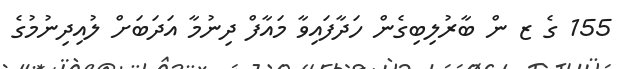
155 ގެ ޒ ން ބާރުލިބިގެން ހަދާފައިވާ މައާފް ދިނުމާ އަދަބަށް ލުއިދިނުމުގެ